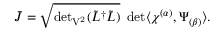
\bar { J } = \sqrt { { \operatorname * { d e t } } _ { \mathrm { V ^ { 2 } } } ( \tilde { L } ^ { \dagger } \tilde { L } ) } \ \operatorname * { d e t } \langle \chi ^ { ( \alpha ) } , \Psi _ { ( \beta ) } \rangle .